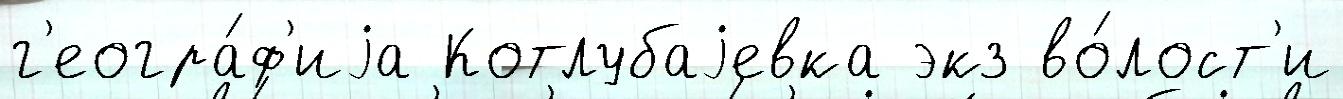
г'еогра́ф'иjа Котлубаjевка экз во́лост'и